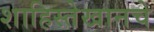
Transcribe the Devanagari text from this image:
शाहिस्तेखानचे